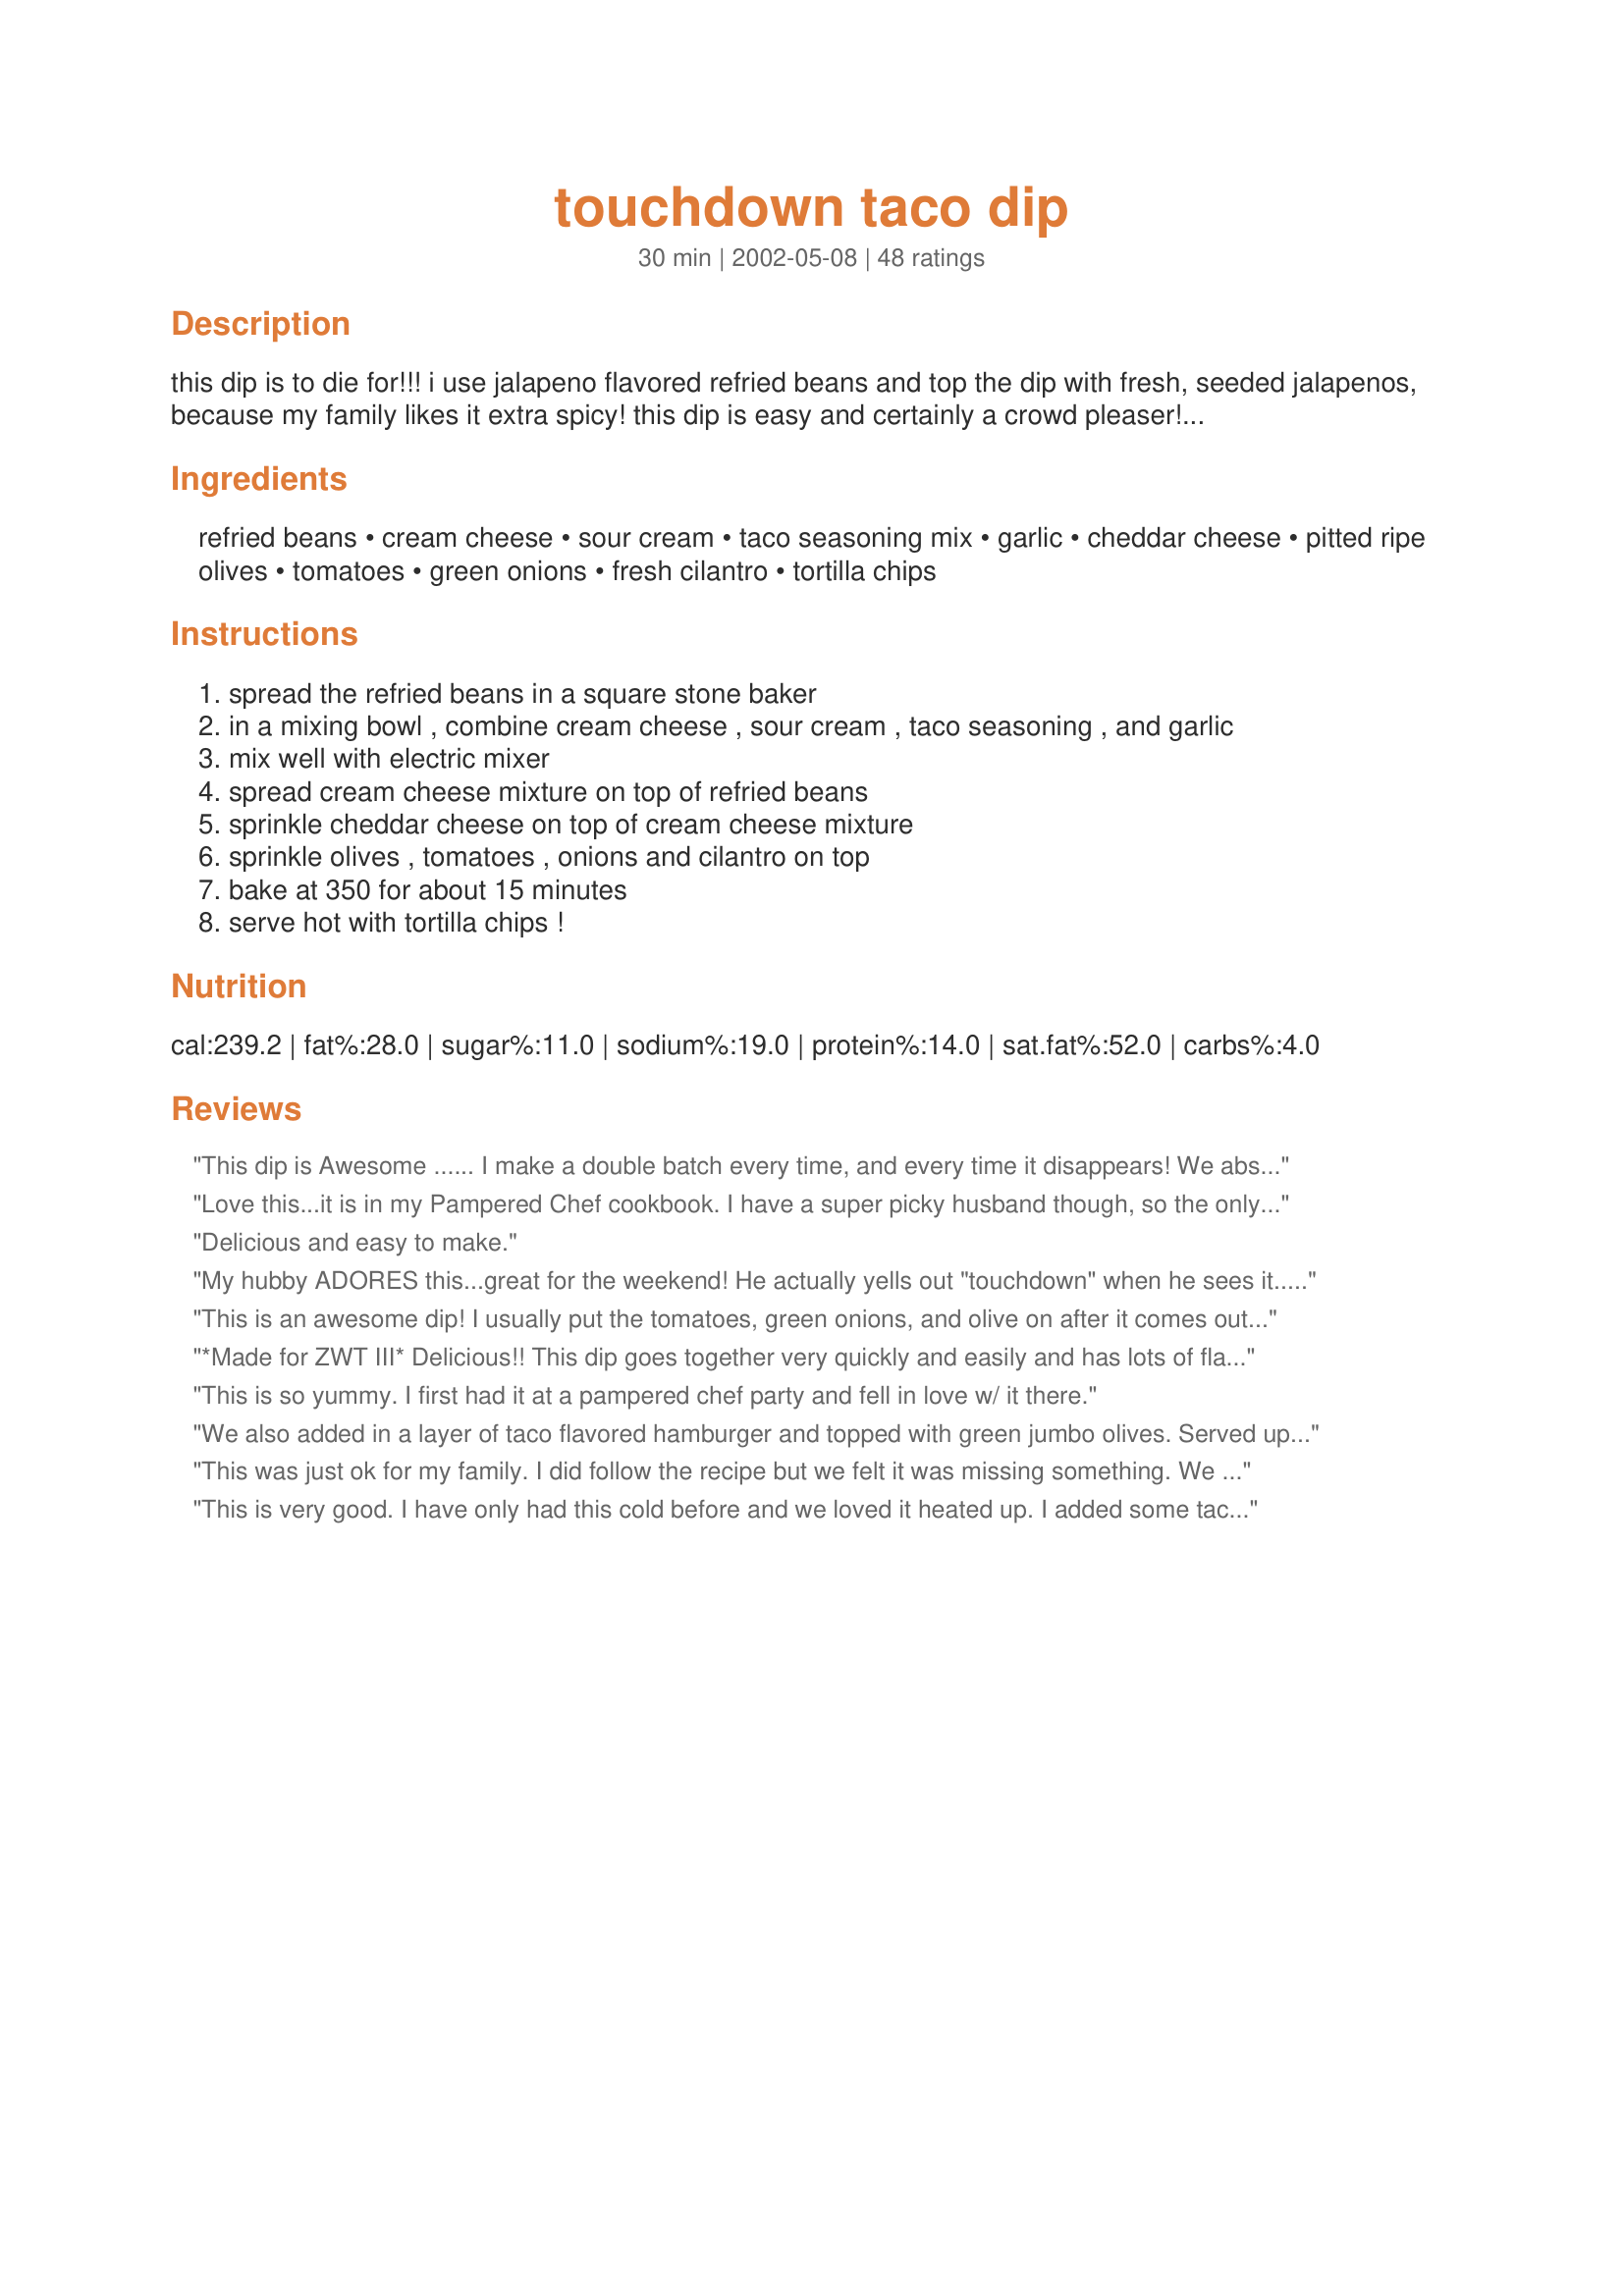
touchdown taco dip
Preparation time: 30 minutes

this dip is to die for!!! i use jalapeno flavored refried beans and top the dip with fresh, seeded jalapenos, because my family likes it extra spicy! this dip is easy and certainly a crowd pleaser! i found this recipe in one of my pampered chef cookbooks.

Ingredients:
refried beans, cream cheese, sour cream, taco seasoning mix, garlic, cheddar cheese, pitted ripe olives, tomatoes, green onions, fresh cilantro, tortilla chips

Steps:
spread the refried beans in a square stone baker
in a mixing bowl , combine cream cheese , sour cream , taco seasoning , and garlic
mix well with electric mixer
spread cream cheese mixture on top of refried beans
sprinkle cheddar cheese on top of cream cheese mixture
sprinkle olives , tomatoes , onions and cilantro on top
bake at 350 for about 15 minutes
serve hot with tortilla chips !

Reviews:
This dip is Awesome ...... I make a double batch every time, and every time it disappears! We absolutely LOVE this dip ... and it IS SO EASY to make!
Love this...it is in my Pampered Chef cookbook. I have a super picky husband though, so the only thing I top it with is the shredded cheese - I leave out the tomatoes, olives, and onion. Tastes great with the scoop tortilla chips!
Delicious and easy to make.
My hubby ADORES this...great for the weekend! He actually yells out "touchdown" when he sees it....tee hee!
This is an awesome dip! I usually put the tomatoes, green onions, and olive on after it comes out of the oven though.
*Made for ZWT III* Delicious!! This dip goes together very quickly and easily and has lots of flavor. I used recipe #166030 for the taco seasoning and it was perfect. The main problem with this dip was that I couldn't quit eating it. Thanks for sharing this quick and easy recipe.
This is so yummy. I first had it at a pampered chef party and fell in love w/ it there.
We also added in a layer of taco flavored hamburger and topped with green jumbo olives. Served up in wraps
This was just ok for my family. I did follow the recipe but we felt it was missing something. We did not like this combination warmed up. Maybe as other reviewers suggested a layer of ground beef would have been better. I think I will stay with a taco dip that is not warmed up, and not this recipe.
This is very good. I have only had this cold before and we loved it heated up. I added some taco meat to ours. thank you for sharing withus.
I love this dip! I like it with Tostitos Scoops chips. Someone makes this dip at every Girls' Night my friends and I have. I don't really care for refried beans on their own, but they taste terrific in this dish. Sometimes I make this for dinner for myself, to last throughout a few days.
I made this for my Pampered Chef party about 2 years ago, and had forgotten about it. Thanks for the reminder. As I recall, the dish was licked clean!
We made this for a family christmas party and it was a hit! I added more cheddar cheese then recommended and used a can of diced tomatoes since we were short on time and it was fantastic!
This is one of my favorite PC recipes and it originally called for the PC Southwest Seasoning Mix instead of taco seasoning, which is a great substitute. Also, the tomatoes, green onions, black olives and cilantro are to be added AFTER baking, not before. Hope this helps.
Way yummy! We've had this countless times and will be enjoying it again for Superbowl! Thanks for the great one.
I made this for Superbowl. I did tweek it though. I added a layer of corn, a layer of ground beef seasoned w/the taco seasoning (minus the amount used in the sour cream/cream cheese mixture) & on top I used some black bean salsa. I made this up the day before except for the tomatoes & cilantro. It is very good - - not spicy - - but you can add spice but not delete. Made in a 9x9 square pain. Well received.
I made this appetizer for Thanksgiving and it was a huge hit. It disappeared very quickly and was enjoyed by kids as well as adults. So very easy to prepare and I like that it can be assembled ahead of time. I used the Neufchatel lower fat cream cheese. This is a wonderful recipe and I will be making this very often. Thanks for sharing!!
I make this dip quite often..and it is the bomb!!! Once I brought it to work and it sat next to another similar dip...mine dissappeared within minutes and the other one was left... awesome dip for any occasion!
I loved this! This is the sort of thing that would be served on toast in the UK - we don't do the 'dip' thing. I had most of the ingredients, what I didn't have or know if it was sold here was 'Taco' seasoning. I googled it (I hope I can mention this?), &amp; we do &amp; even onion powder &amp; garlic powder, but they are not mentioned on our recipe sites. I dry-roast garlic &amp; onion in a dry-pan (what people used before electric air-fryers) &amp; added to the other spices. I had some HUGE olives to cut, pitted them myself &amp; served on toast. I made double quantity &amp; will top a cottage pie tomorrow with it. Doing that reminds me of my son, then a teenager, who loves cheese as much as me, made cottage pie &amp; a moussaka, both of which would have served 8 hungry people, &amp; made/poured a thick mature Cheddar cheese sauce over it all. He made the sauce in a stockpot &amp; it worked out at over a litre for a 4-portion pie, we still laugh about it, I love cheese, but my tummy, as in measurements, doesn't!
This was terrific! This is similar to a recipe that I serve cold but I LOVE this one warm out of the oven. I had to remind my brother-in-law that this was just an appetizer and that I had a meal prepared too. If I ever have a party where my BIL is invited, I'll make a double batch so there's enough for everyone!
Wasn't as good as I was expecting..:( It was ok,though, but I won't be keeping this recipe...
This is a true winner at parties. Everyone wants the recip. Good thing I made a double batch.
This looks really pretty when served and you can't go wrong with the fresh chopped toppings. However, this just was not for me. I really wanted to like this, but I did not like the taste or the consistency of the cream cheese/sour cream/onion mixture. It kinda spoiled this for me. Maybe I will try this again, but I will leave out the sour cream and onions.
A friend of mine makes this all the time it is wonderful! Everyone always raves over it!
Really really good dip. Don't skimp on the fresh toppings... they really make a difference. Next time I may add some cumin and cayenne pepper to the refried bean layer.
Great dip! I put this together the night before, baked it, then topped w/green onion, cilantro, jalapnos, and tomatoes. Really easy, and enjoyed by everyone.
Delicious and easy to put together!
I've made this twice so far and both times I added 1lb of browned ground beef on top of the sour cream mixture. Excellent recipe! Easy to prepare too!
I love this it's so good
This is good, but I actually think I like the traditional 7-layer dips better. I used my Pampered Chef baker ... I think it was the cream cheese maybe that I didn't care for? It made that layer very thick and it seemed to overpower the rest of the flavors. I left off the black olives, but followed the recipe otherwise.
I will deffinately make this again! Huge hit at our super bowl party! Thank you!
This was good. I Will try this again as we all liked it. Just the sour cream, cream cheese, and taco seasoning would make a great dip too!
I made this NYE, and used taco meat instead of the beans ( love them - but my husband hates them) It came out sooo good! We couldn't stop eating it!
A really good and easy appy... I used Recipe #76616 for the taco seasoning and for me it made the cream cheese/sour cream layer a tad too salty, but my BF thought it was great... I followed the recipe exactly... but I thought it needed to heat in the oven for just a few more minutes to throughly heat all the layers. I would have liked it piping hot, but my BF said if it were that hot he wouldn't have be able to dive right in and polish off half of it before I even sat down! So different from other taco dips/ 7 layer dips and I really like that and the fact that this dip was a hot one. We will be keeping this one to make regularly for our football parties... Thanks for posting!
This was soooooo good, my DH and myself couldn't stop eating this :0. Really easy to put together. Thanks Kim D. Will be eating this Superbowl Sunday.
This is great! My husband doesn't like refried beans so I substitute either lean hamburger or ground chicken. I also leave out the Cilantro(none of us like it) This is a great meal for a lazy Friday movie night. Thanks for sharing!
This recipe doesn't need any more favorable reviews LOL but I gotta say this is majorly yummy! I used fat free ingredients, my own taco seasoning mix, low fat cheese & skipped a lot of the toppings (olives, tomatoes, onions, etc). I actually like it better cold than warm; personal preference. Thanks so much for sharing; thought I'd LOST this recipe!
We added some taco sauce on top of the cheese mixture before adding the veggies and shredded cheese, it was to die for just as Kim says!!!! I also added extra taco flavor for a bit extra zing. I reheated it yesterday and it tasted fantastic!!! 5 stars in my book! *DaddyO's wife* :)
Absolutely one of my very favorite taco dips. I love that it is nice and warm! The cream cheese filling is so yummy. I always make a double batch. It is best served right out of the oven, or the cheddar on top hardens a little and it is hard to eat with the rest of the dip. Most of the time, I do not even add the tomato, olive, green onions or cilantro and it is still a wonderful dish.
Super dip. I changed the sour cream and cream cheese to light versions and the cheddar cheese to shredded taco flavor. I did spend more time eating the dip than watching the game.
Very good. Might put salsa on top instead of tomatoes, onions, and cilantro next time since it was rare to have all that stuff in the house.
I think to suit our tastes, next time, we'll halve the amount of cream cheese & sour cream mixture; wait to put the cilantro on after it comes out of the oven or maybe not even bake it at all
I made this for one of our Christmas day dips. We'd never had a taco dip like this warmed up. I thought it was really yummy. I think I'll leave out the refried beans next time though and double the creamy ingredients. The beans scared some people away.
I love simple recipes that taste great- and that's exactly what this one is! I follow the recipe, except for adding a little more taco seasoning & I omit the olives due to personal preference. We like it cold as well as warmed up. :o)
Very good and easy to make. I took this to a gathering and it all got eaten up. I used a whole pack of taco seasoning and mixed the cream cheese, sour cream, taco seasoning with the refried beans. I didn't add the onions, olives or cilantro. We all enjoyed this.
My mom and I use to make this, but we lost our book, so I'm glad someone posted it up here. :) You could even make a meal out of it!
We all loved it!! It was super easy. Can't wait to make it again.
This is one of my absolute favorite dips! Thank you for sharing the recipe! I lost my copy in a recent move and was so glad to have found it here.
